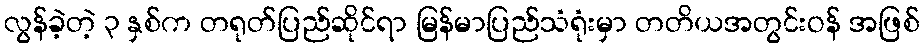
လွန်ခဲ့တဲ့ ၃ နှစ်က တရုတ်ပြည်ဆိုင်ရာ မြန်မာပြည်သံရုံးမှာ တတိယအတွင်းဝန် အဖြစ်